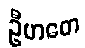
ဦဟတေ